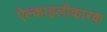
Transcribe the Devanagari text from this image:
ऐल्काइलीकारक